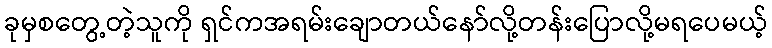
ခုမှစတွေ့တဲ့သူကို ရှင်ကအရမ်းချောတယ်နော်လို့တန်းပြောလို့မရပေမယ့်